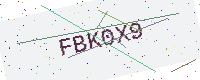
Text: FBK0X9